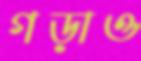
গড়াও